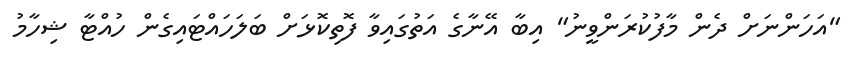
"އަހަންނަށް ދެން މާފުކުރަންވީނު" އިބާ އޭނާގެ އަތުގައިވާ ފޮތިކޮޅަށް ބަލަހައްޓައިގެން ހުއްޓާ ޝިހާމު